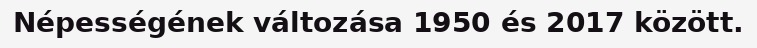
Népességének változása 1950 és 2017 között.